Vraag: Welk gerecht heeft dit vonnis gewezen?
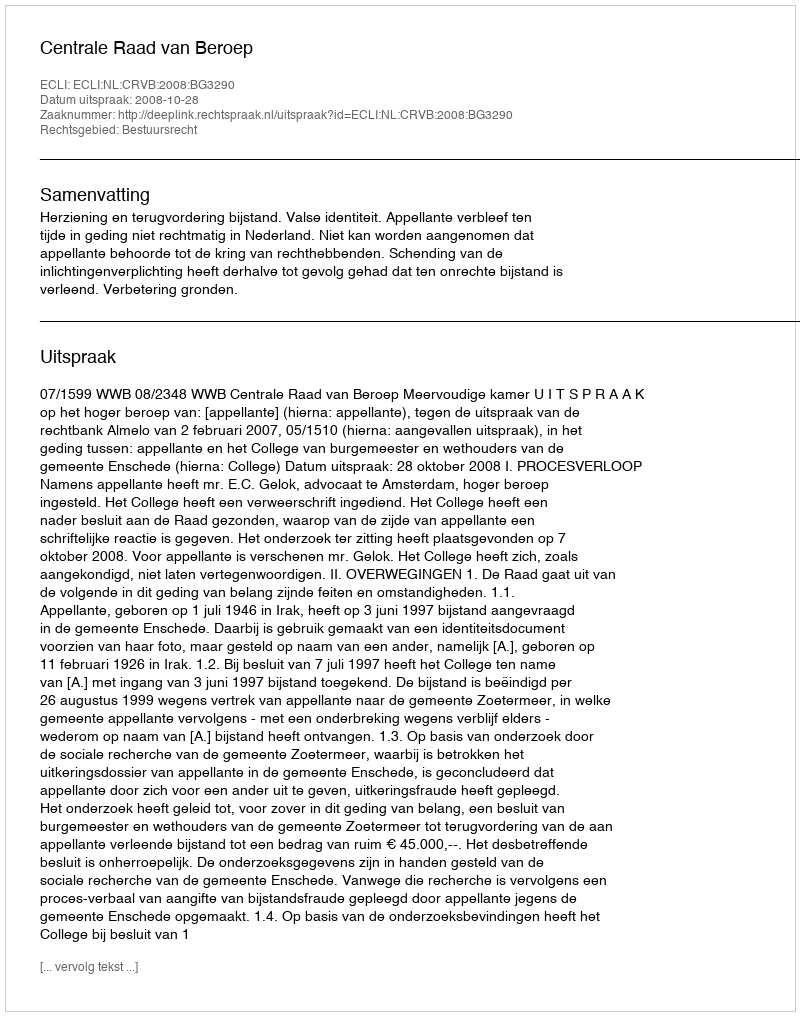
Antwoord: Centrale Raad van Beroep